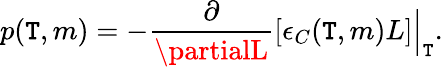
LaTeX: p(\mathtt{T},m)=-\frac{{\partial}}{{\partialL}}[\epsilon_{C}(\mathtt{T},m)L]\Big|_{\mathtt{T}}.